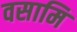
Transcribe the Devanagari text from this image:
वसामि